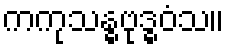
ကကုသန္ဓဗုဒ္ဓဝံသ။